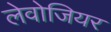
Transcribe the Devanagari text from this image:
लेवोजियर